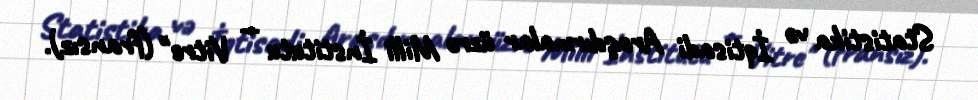
Statistika və İqtisadi Araşdırmalar üzrə Milli İnstitutu — Vitre" (fransız).